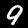
Label: 9